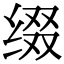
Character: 缀